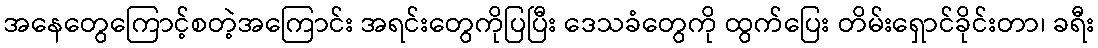
အနေတွေကြောင့်စတဲ့အကြောင်း အရင်းတွေကိုပြပြီး ဒေသခံတွေကို ထွက်ပြေး တိမ်းရှောင်ခိုင်းတာ၊ ခရီး